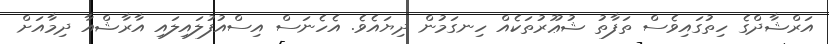
އަރްޝާދްގެ ހިތުގައިވެސް ތަފާތު ޝުޢޫރުތަކެއް ހިނގަމުން ދިޔައެވެ. އެހެނަސް އިސްއުފުލައިލައި އާރާޝްއާ ދިމާއަށް